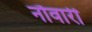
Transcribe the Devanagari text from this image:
नौवारी